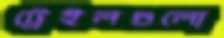
ট্রেইলগুলো